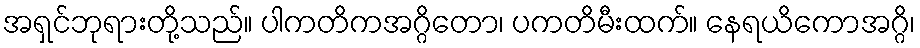
အရှင်ဘုရားတို့သည်။ ပါကတိကအဂ္ဂိတော၊ ပကတိမီးထက်။ နေရယိကောအဂ္ဂိ၊